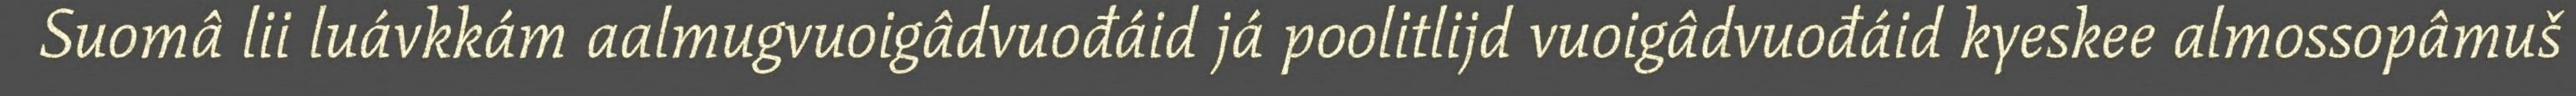
Suomâ lii luávkkám aalmugvuoigâdvuođáid já poolitlijd vuoigâdvuođáid kyeskee almossopâmuš